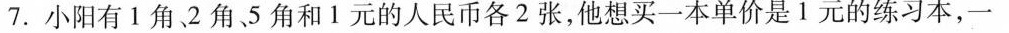
7.小阳有Ⅰ角-2角5角和1元的人民币各2张，他想买一本单价是1元的练习本，一